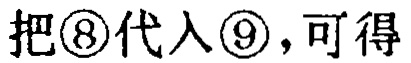
把\textcircled{8} 代入\textcircled{9}，可得